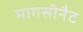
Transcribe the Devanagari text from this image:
मागसीनैट